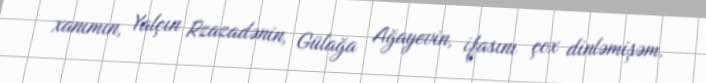
xanımın, Yalçın Rzazadənin, Gülağa Ağayevin, ifasını çox dinləmişəm.